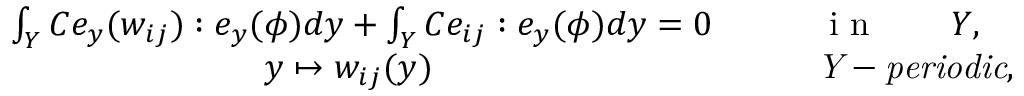
\begin{array} { r l } { \int _ { Y } C e _ { y } ( w _ { i j } ) : e _ { y } ( \phi ) d { y } + \int _ { Y } C e _ { i j } : e _ { y } ( \phi ) d { y } = 0 \qquad } & { { } \mathrm { ~ i ~ n ~ } \qquad Y , } \\ { y \mapsto w _ { i j } ( { y } ) \qquad \qquad \qquad \qquad \qquad } & { { } \mathit { Y - p e r i o d i c } , } \end{array}